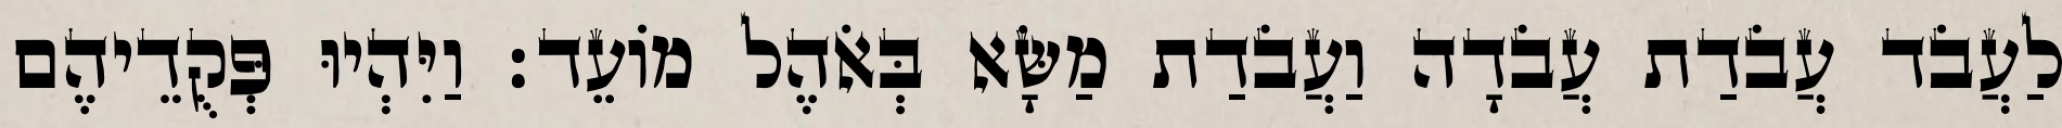
לַעֲבֹד עֲבֹדַת עֲבֹדָה וַעֲבֹדַת מַשָּׂא בְּאֹהֶל מוֹעֵד׃ וַיִּהְיוּ פְּקֻדֵיהֶם